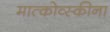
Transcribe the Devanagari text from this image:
मात्कोव्स्कीना